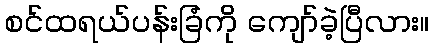
စင်ထရယ်ပန်းခြံကို ကျော်ခဲ့ပြီလား။